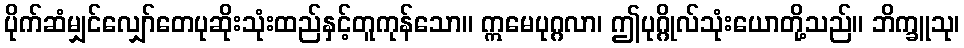
ပိုက်ဆံမျှင်လျှော်တေပုဆိုးသုံးထည်နှင့်တူကုန်သော။ ဣမေပုဂ္ဂလာ၊ ဤပုဂ္ဂိုလ်သုံးယောတို့သည်။ ဘိက္ခူသု၊